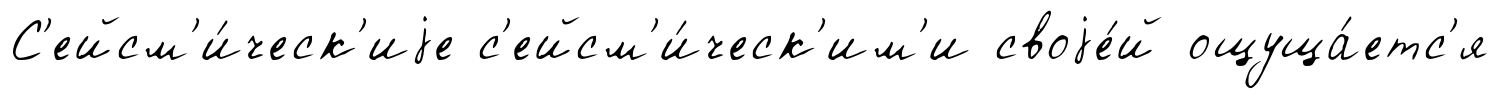
С'ейсм'и́ческ'иjе с'ейсм'и́ческ'им'и своjе́й ощуща́етс'я